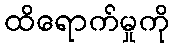
ထိရောက်မှုကို